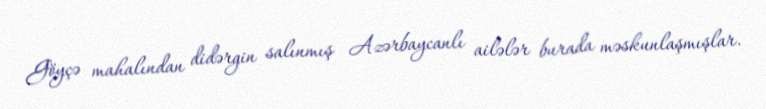
Göyçə mahalından didərgin salınmış Azərbaycanlı ailələr burada məskunlaşmışlar.